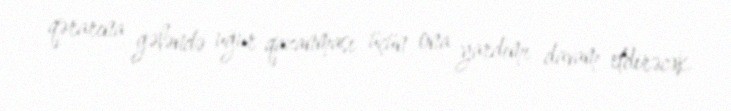
qərarına gələndə uğur qazanması üçün ona yardımı davam etdirəcək.